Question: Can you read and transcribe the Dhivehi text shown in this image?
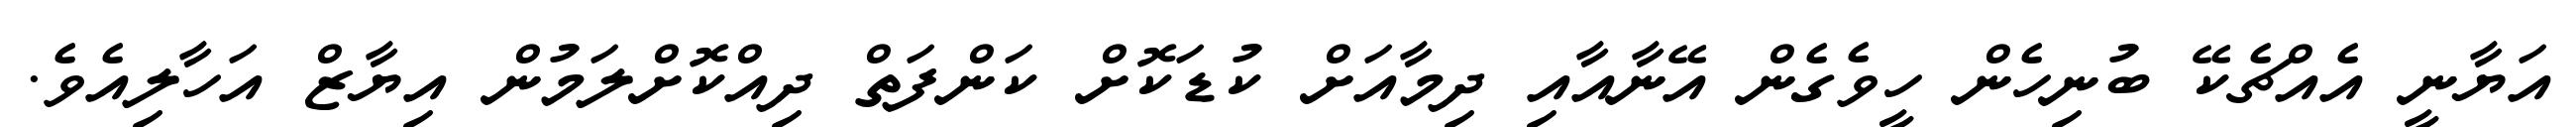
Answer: އަޔާނީ އެއްޗެކޭ ބުނިހެން ހީވެގެން އޭނާއާއި ދިމާއަށް ކުޑަކޮށް ކަންފަތް ދިއްކޮށްލަމުން އިޔާޒް އަހާލިއެވެ.